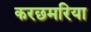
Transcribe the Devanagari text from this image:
करछमरिया